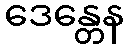
ဒေန္တေန